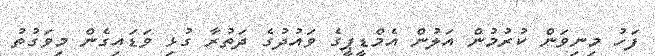
ފަހު މިނިވަން ކުރުމުން އަލުން އެމްޑީޕީގެ ވައުދުގެ ދަތުރާ ގުޅި ވަޑައިގެން މިވަގުތު